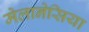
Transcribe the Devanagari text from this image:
मेलानेसिया